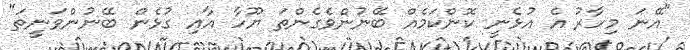
"އޭނަ މިހާރު އެ އުޅެނީ ކޮންކަމެއް ބޭނުންވެގެންތަ ޔޫހާ އާއި ގުޅެން ބޭނުންވަނީތަ"